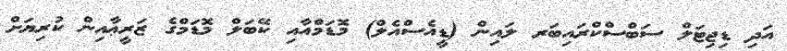
އަދި ޑިޖިޓަލް ސަބްސްކްރައިބަރ ލައިން (ޑީއެސްއެލް) މޮޑަމްއާއި ކޭބަލް މޮޑަމްގެ ޒަރީޢާއިން ކުރިޔަށް